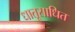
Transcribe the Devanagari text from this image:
धातूसाधित